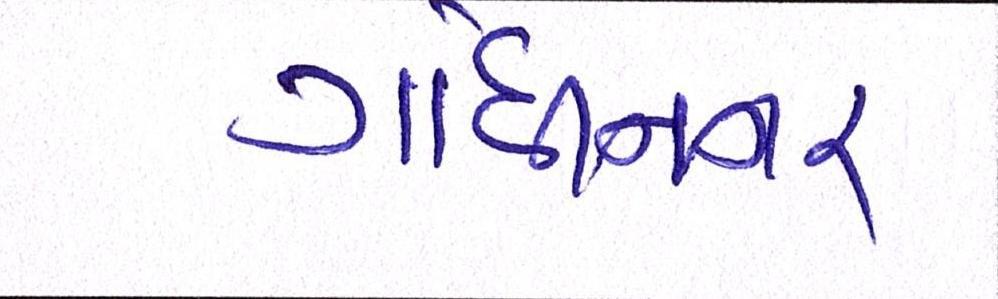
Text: ગાંધીનગર